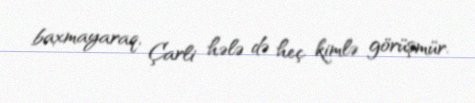
baxmayaraq, Çarli hələ də heç kimlə görüşmür.